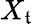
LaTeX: X_{\mathfrak{t}}